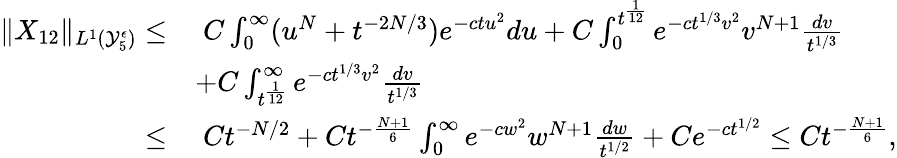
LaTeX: \begin{array}{rl}{\| X_{12}\| _{L^{1}(\mathcal{Y}_{5}^{\epsilon})}\leq}&{\; C\int_{0}^{\infty}(u^{N}+t^{-2N/3})e^{-ctu^{2}}du+C\int_{0}^{t^{\frac{1}{12}}}e^{-ct^{1/3}v^{2}}v^{N+1}\frac{dv}{t^{1/3}}}\\ &{+C\int_{t^{\frac{1}{12}}}^{\infty}e^{-ct^{1/3}v^{2}}\frac{dv}{t^{1/3}}}\\ {\leq}&{\; Ct^{-N/2}+Ct^{-\frac{N+1}{6}}\int_{0}^{\infty}e^{-cw^{2}}w^{N+1}\frac{dw}{t^{1/2}}+Ce^{-ct^{1/2}}\leq Ct^{-\frac{N+1}{6}},}\end{array}